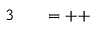
\begin{array} { r l r l } { { 3 } } & { { } } & { = + + } \end{array}